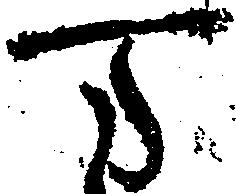
万